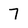
Character: 7